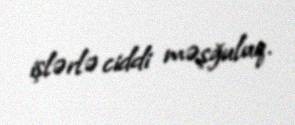
işlərlə ciddi məşğuluq.